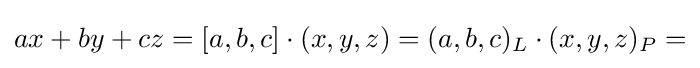
ax+by+cz=[a,b,c]\cdot (x,y,z)=(a,b,c)_{L}\cdot (x,y,z)_{P}=